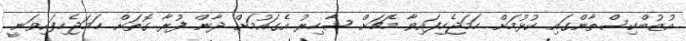
އުޒުބްކިސްތާންގައި ކުޅުމަށް ހަމަޖެހިފައިވާ މެޗަށް ޝާހިރު އެގައުމަށް ދާން ފުރާ ގޮތަށް ހަމަޖެހިފައިވަނީ